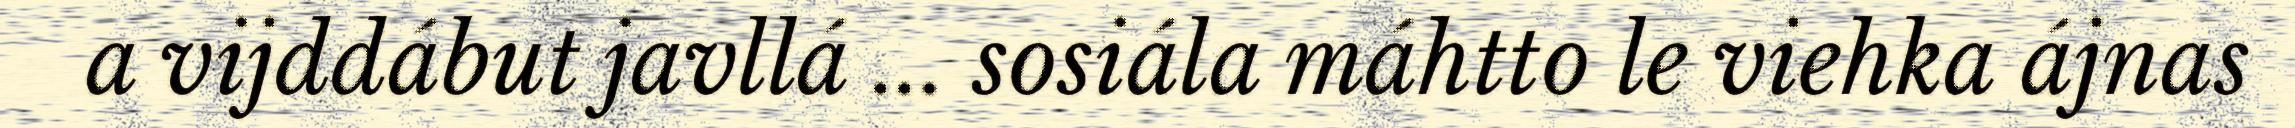
a vijddábut javllá ... sosiála máhtto le viehka ájnas